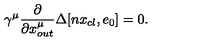
\gamma ^ { \mu } \frac { \partial } { \partial { x } _ { o u t } ^ { \mu } } \Delta [ n x _ { c l } , e _ { 0 } ] = 0 .